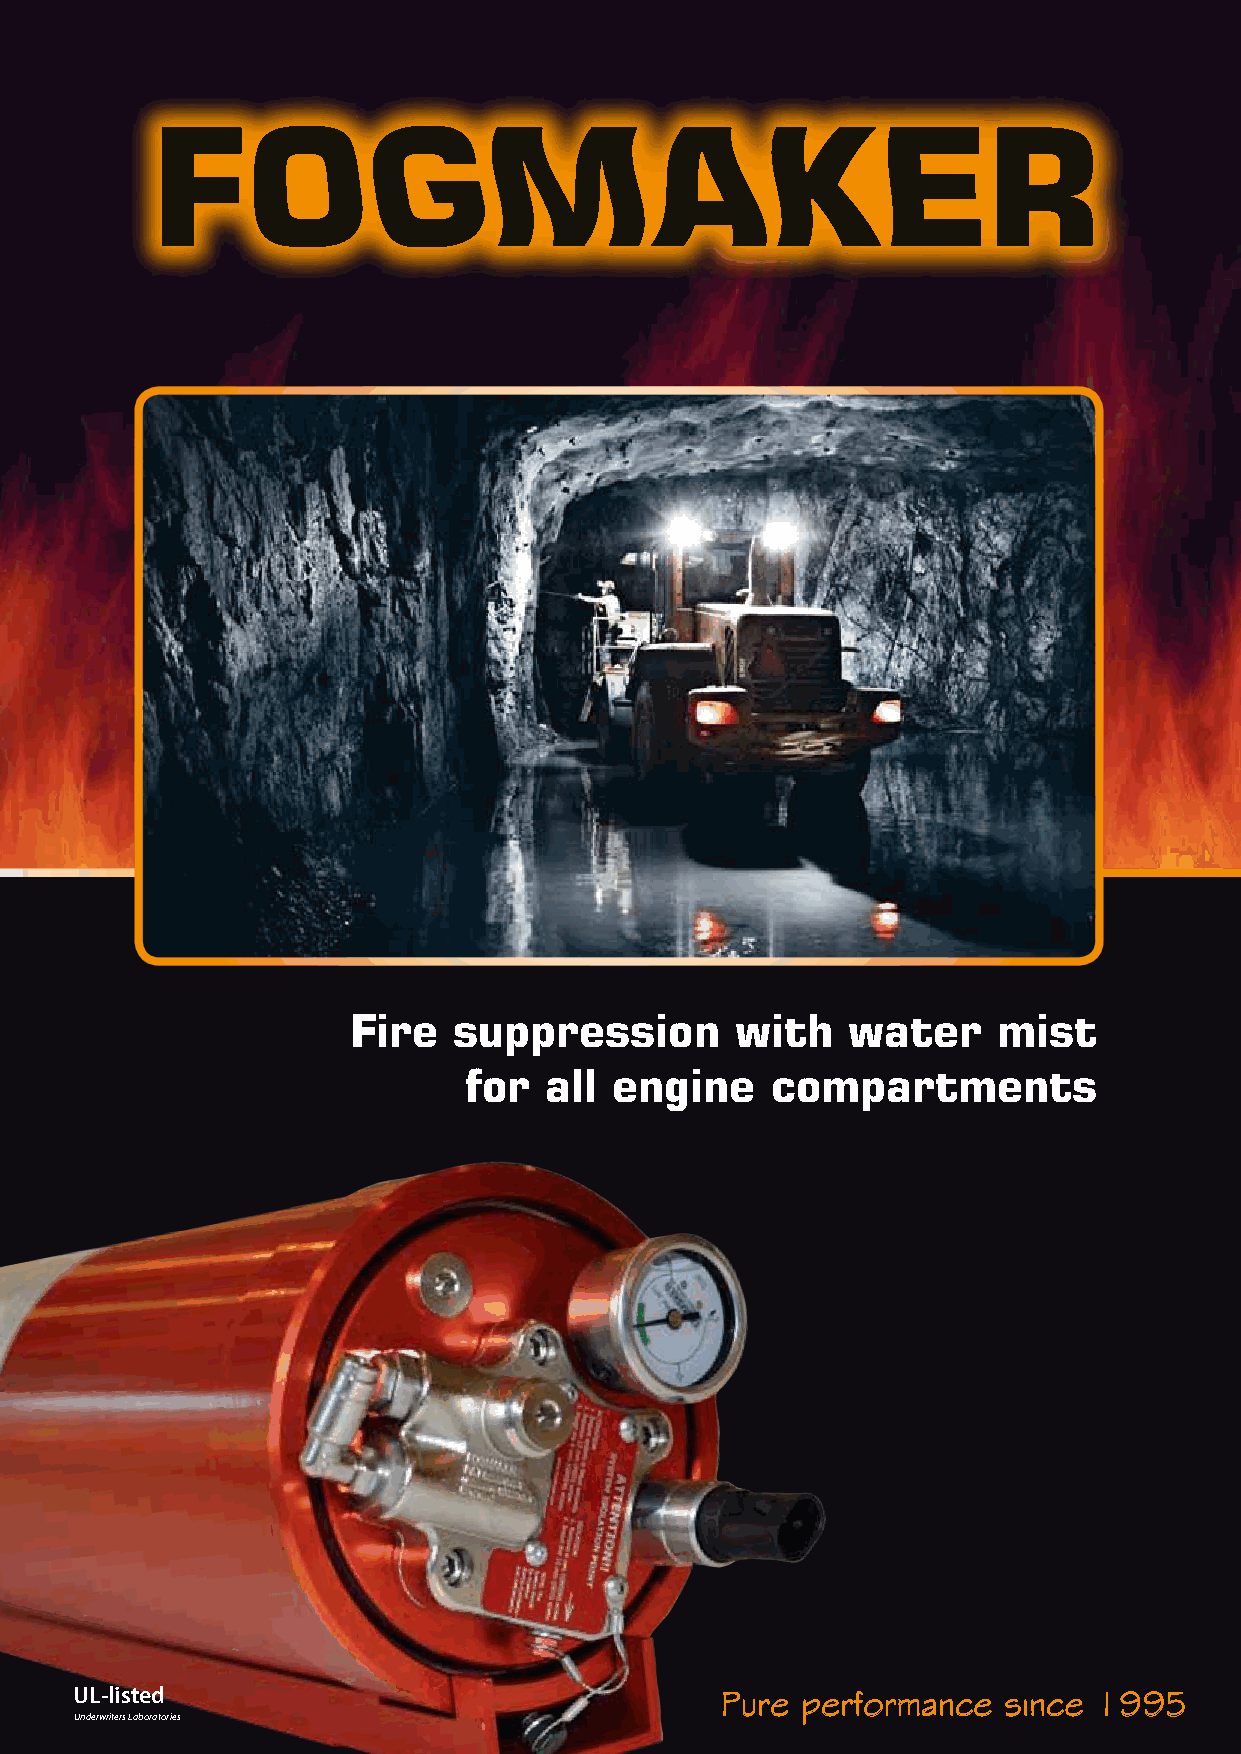
Fire   suppression        with   water     mist
 for  all  engine    compartments
 UL-listed                                  Pure performance  since 1995
 Underwriters Laboratories